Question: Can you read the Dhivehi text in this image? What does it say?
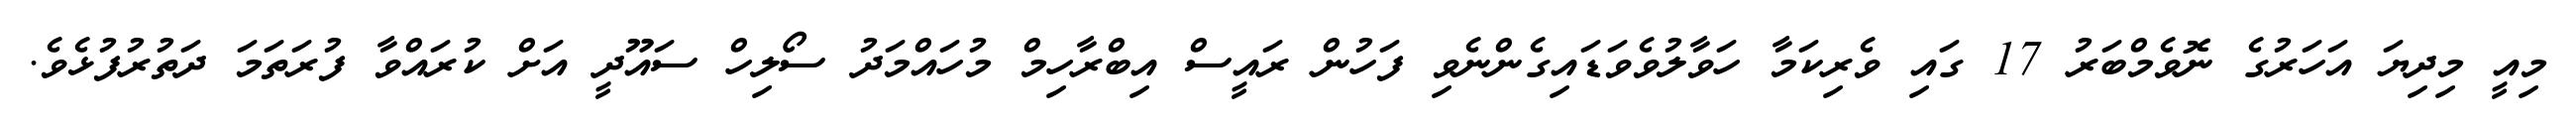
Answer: މިއީ މިދިޔަ އަހަރުގެ ނޮވެމްބަރު 17 ގައި ވެރިކަމާ ހަވާލުވެވަޑައިގެންނެވި ފަހުން ރައީސް އިބްރާހިމް މުހައްމަދު ސޯލިހް ސައޫދީ އަށް ކުރައްވާ ފުރަތަމަ ދަތުރުފުޅެވެ.